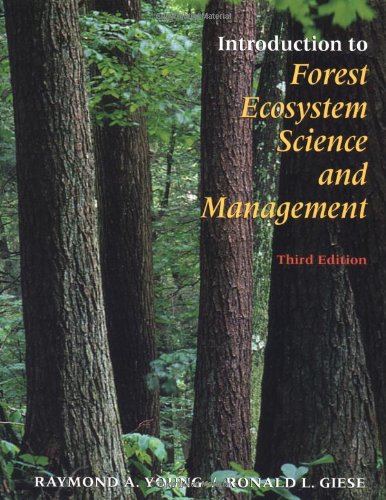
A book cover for Introduction to Forest Ecosystem Science and Management; Science & Math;